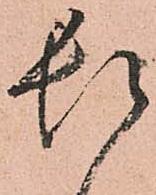
頓